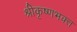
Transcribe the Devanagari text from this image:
श्रीकृष्णभक्त